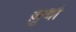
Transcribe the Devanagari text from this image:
ज़ुबां